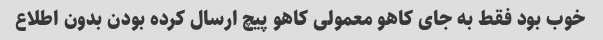
خوب بود فقط به جای کاهو معمولی کاهو پیچ ارسال کرده بودن بدون اطلاع